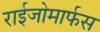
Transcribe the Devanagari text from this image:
राईजोमार्फस